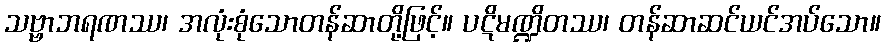
သဗ္ဗာဘရဏဿ၊ အလုံးစုံသောတန်ဆာတို့ဖြင့်။ ပဋိမဏ္ဍိတဿ၊ တန်ဆာဆင်ယင်အပ်သော။